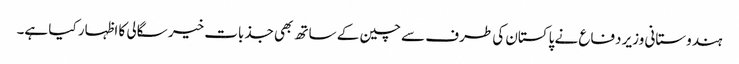
ہندوستانی وزیر دفاع نے پاکستان کی طرف سے چین کے ساتھ بھی جذبات خیر سگالی کا اظہار کیا ہے۔